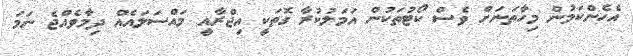
އެހެންކަމުން މިހާތަނަށް ވެސް ކޯޓުތަކުން އަމަލުކުރާ ގޮތަކީ އިޖްރާއީ މައްސަލައެއް ދިމާވެއްޖެ ނަމަ